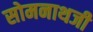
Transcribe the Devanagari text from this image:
सोमनाथजी